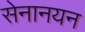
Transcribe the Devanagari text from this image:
सेनानयन